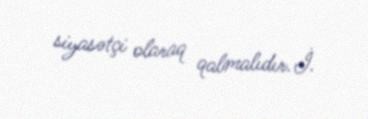
siyasətçi olaraq qalmalıdır.İ.